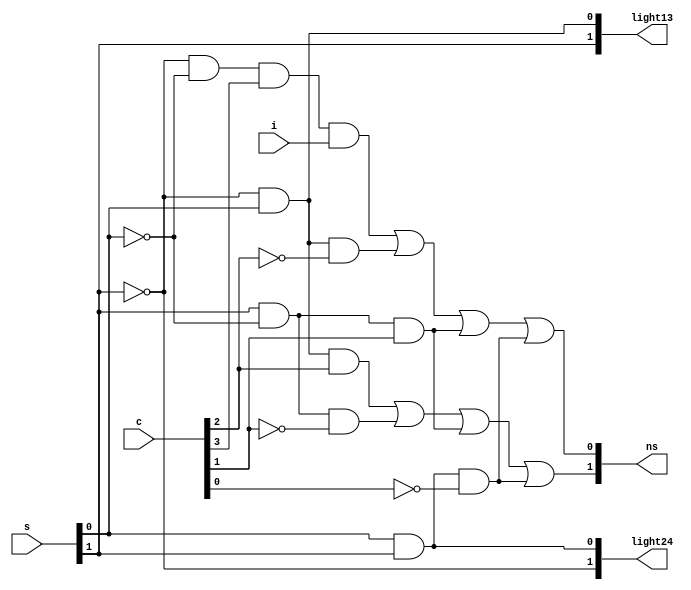
module lightfsmj(i,c,s,ns,light13,light24);
	input i; 
	input[3:0] c; 
	input [1:0] s;
	output[1:0] ns;
	output reg[1:0] light13;
	output reg[1:0] light24;


	assign ns[1] = ((~s[1])&(s[0])&(c[2]))|(s[1]&(~s[0])&(~c[1]))|(s[1]&(~s[0])&(c[1]))|(s[0]&s[1]&(~c[0]));
	assign ns[0] = ((~s[1])&(~s[0])&c[3]&i)|((~s[1])&(s[0])&(~c[2]))|((s[1])&(~s[0])&c[1])|((s[1])&(s[0])&(~c[0]));

	always@(s) begin
		light13[0] <= ~s[1]&s[0];
		light13[1] <= s[1];
		light24[0] <= s[1]&s[0];
		light24[1] <= ~s[1];
	end
endmodule